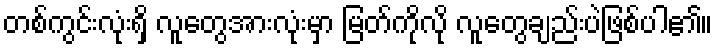
တစ်ကွင်းလုံးရှိ လူတွေအားလုံးမှာ မြတ်ကိုလို လူတွေချည်းပဲဖြစ်ပါ၏။